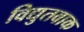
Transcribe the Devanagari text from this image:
विद्युतवाक